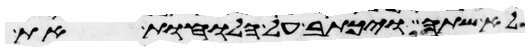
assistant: לא שתה ויכתב על הלוחות את